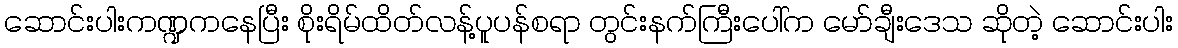
ဆောင်းပါးကဏ္ဍကနေပြီး စိုးရိမ်ထိတ်လန့်ပူပန်စရာ တွင်းနက်ကြီးပေါ်က မော်ချီးဒေသ ဆိုတဲ့ ဆောင်းပါး